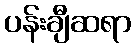
ပန်းချီဆရာ